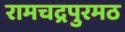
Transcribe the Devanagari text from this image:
रामचद्रपुरमठ